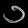
Digit: ၁